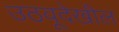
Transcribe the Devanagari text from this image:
उठवूदेखील